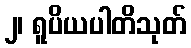
၂၊ ရူပိယပါတိသုတ်